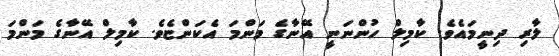
ލާރި ދިނީމައެވެ. ކާމިލް ހުންނަނީ އޭނާގެ މަންމަ އެކަންޏެވެ. ކާމިލް އޭނާގެ މަންމަ